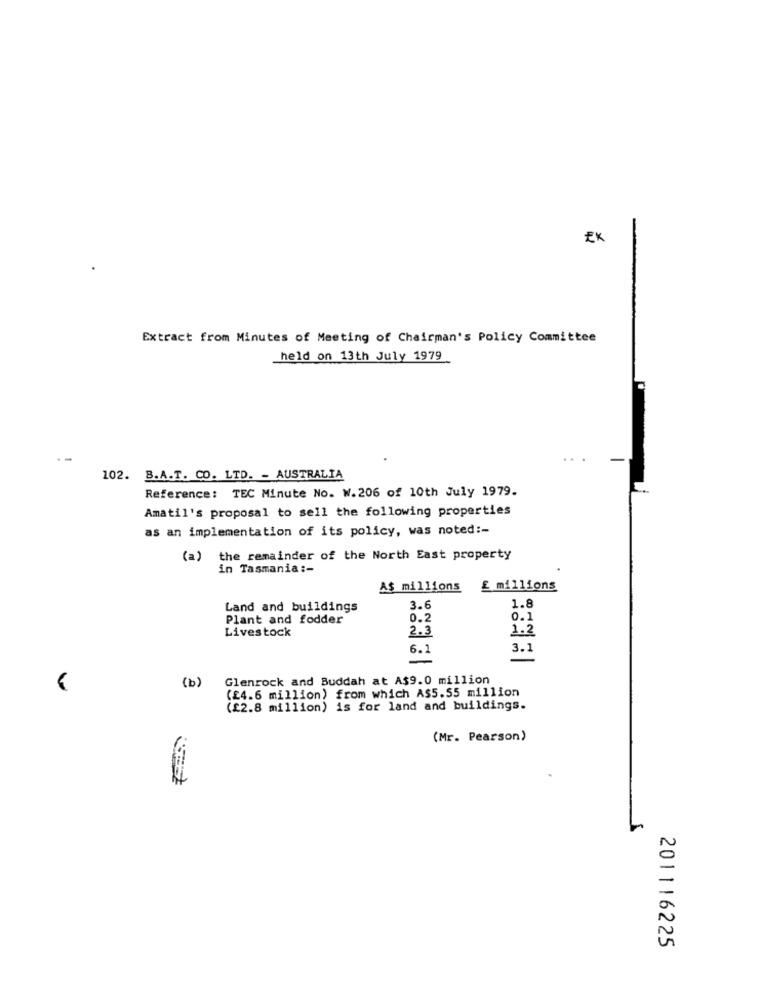
EK
Extract from Minutes of Meeting of Chairman's Policy Committee
held on 13th July 1979
--
102. B.A.T. CO. LTD. - AUSTRALIA
Reference: TEC Minute No. W.206 of 10th July 1979.
Amatil's proposal to sell the following properties
as an implementation of its policy, was noted :-
(a) the remainder of the North East property
in Tasmania :-
A$ millions
£ millions
1.8
Land and buildings
3.6
Plant and fodder
0.2
0.1
Livestock
1.2
2.3
6.1
3.1
Glenrock and Buddah at A$9.0 million
(b)
(£4.6 million) from which A$5.55 million
(£2.8 million) is for land and buildings.
(Mr. Pearson)
201116225